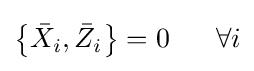
\left\{{\bar {X}}_{i},{\bar {Z}}_{i}\right\}=0\ \ \ \ \ \forall i